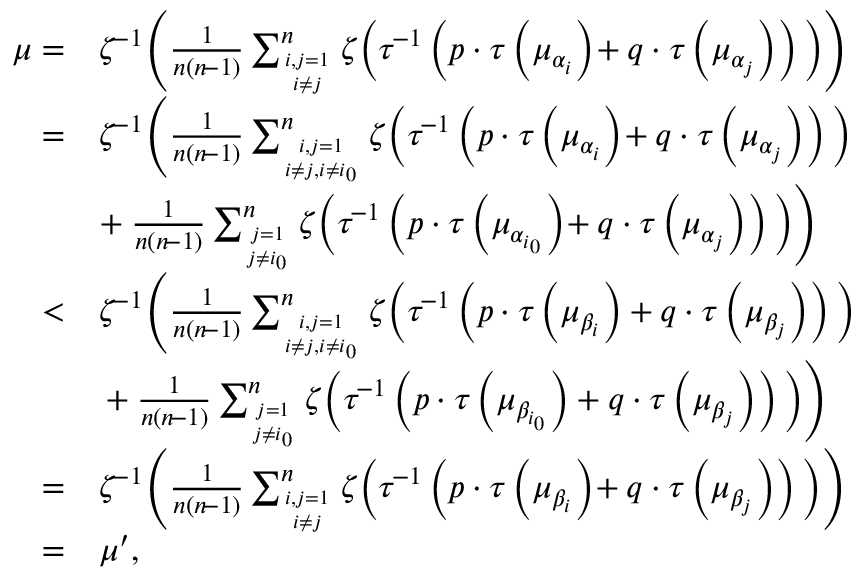
\begin{array} { r l } { \mu = } & { \zeta ^ { \! - 1 } \Bigg ( \frac { 1 } { n ( n \! - 1 ) } \sum _ { i , j = 1 \atop i \neq j } ^ { n } \zeta \Big ( \tau ^ { \! - 1 } \left( p \cdot \tau \left( \mu _ { \alpha _ { i } } \right) \! + q \cdot \tau \left( \mu _ { \alpha _ { j } } \right) \right) \Big ) \Bigg ) } \\ { = } & { \zeta ^ { \! - 1 } \Bigg ( \frac { 1 } { n ( n \! - 1 ) } \sum _ { i , j = 1 \atop i \neq j , i \neq i _ { 0 } } ^ { n } \zeta \Big ( \tau ^ { \! - 1 } \left( p \cdot \tau \left( \mu _ { \alpha _ { i } } \right) \! + q \cdot \tau \left( \mu _ { \alpha _ { j } } \right) \right) \Big ) \Bigg . } \\ & { \Bigg . \! + \frac { 1 } { n ( n \! - 1 ) } \sum _ { j = 1 \atop j \neq i _ { 0 } } ^ { n } \zeta \Big ( \tau ^ { \! - 1 } \left( p \cdot \tau \left( \mu _ { \alpha _ { i _ { 0 } } } \right) \! + q \cdot \tau \left( \mu _ { \alpha _ { j } } \right) \right) \Big ) \Bigg ) } \\ { < } & { \zeta ^ { \! - 1 } \Bigg ( \frac { 1 } { n ( n \! - 1 ) } \sum _ { i , j = 1 \atop i \neq j , i \neq i _ { 0 } } ^ { n } \zeta \Big ( \tau ^ { \! - 1 } \left( p \cdot \tau \left( \mu _ { \beta _ { i } } \right) + q \cdot \tau \left( \mu _ { \beta _ { j } } \right) \right) \Big ) \Bigg . } \\ & { \Bigg . + \frac { 1 } { n ( n \! - 1 ) } \sum _ { j = 1 \atop j \neq i _ { 0 } } ^ { n } \zeta \Big ( \tau ^ { \! - 1 } \left( p \cdot \tau \left( \mu _ { \beta _ { i _ { 0 } } } \right) + q \cdot \tau \left( \mu _ { \beta _ { j } } \right) \right) \Big ) \Bigg ) } \\ { = } & { \zeta ^ { \! - 1 } \Bigg ( \frac { 1 } { n ( n \! - 1 ) } \sum _ { i , j = 1 \atop i \neq j } ^ { n } \zeta \Big ( \tau ^ { \! - 1 } \left( p \cdot \tau \left( \mu _ { \beta _ { i } } \right) \! + q \cdot \tau \left( \mu _ { \beta _ { j } } \right) \right) \Big ) \Bigg ) } \\ { = } & { \mu ^ { \prime } , } \end{array}